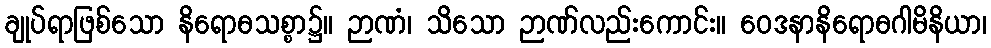
ချုပ်ရာဖြစ်သော နိရောဓသစ္စာ၌။ ဉာဏံ၊ သိသော ဉာဏ်လည်းကောင်း။ ဝေဒနာနိရောဓဂါမိနိယာ၊